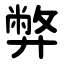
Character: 弊